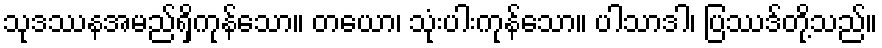
သုဒဿနအမည်ရှိကုန်သော။ တယော၊ သုံးပါးကုန်သော။ ပါသာဒါ၊ ပြဿဒ်တို့သည်။